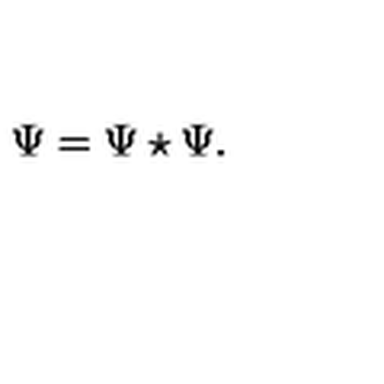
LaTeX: \Psi = \Psi \star \Psi .